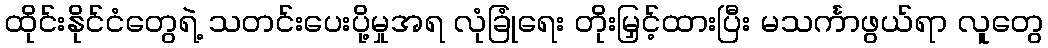
ထိုင်းနိုင်ငံတွေရဲ့ သတင်းပေးပို့မှုအရ လုံခြုံရေး တိုးမြှင့်ထားပြီး မသင်္ကာဖွယ်ရာ လူတွေ